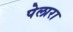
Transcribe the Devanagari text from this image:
पेलारा